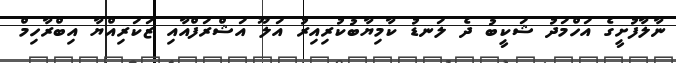
ނާލާފުށީގެ އަހްމަދު ޝަކީބު ދެ ލަނޑު ކާމިޔާބުކުރިއިރު އަލޫ އަޝްރަފްއާއި ޒަކަރިއްޔާ އިބްރާހިމް